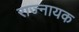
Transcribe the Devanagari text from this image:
राज्नायक